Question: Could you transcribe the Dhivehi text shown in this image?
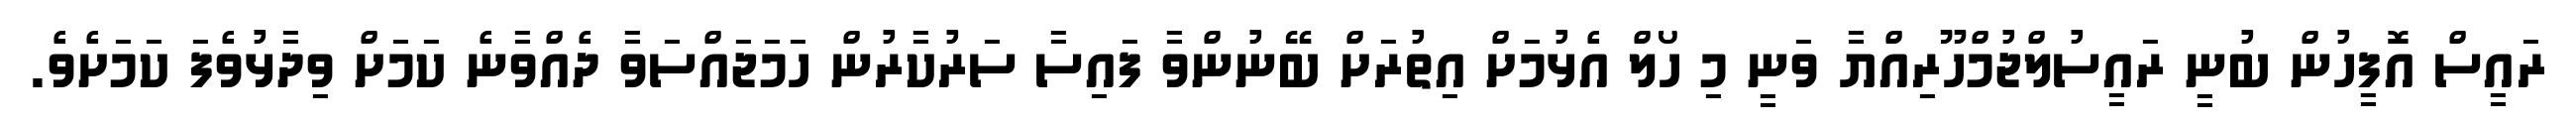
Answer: ރައީސް އޮފީހުން ބުނީ ރައީސުލްޖުމްހޫރިއްޔާ ވަނީ މި ހޯލް އެޅުމަށް އިތުރަށް ބޭނުންވާ ފައިސާ ސަރުކާރުން ހަމަޖައްސަވާ ދެއްވާނެ ކަމަށް ވިދާޅުވެފަ ކަމަށެވެ.